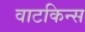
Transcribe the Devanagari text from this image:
वाटकिन्स